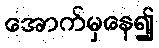
အောက်မှနေ၍